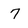
Character: 7